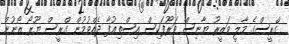
ގްރީސްގެ މާލީ ވަޒީރު ޔާނިސް ވަރޫފަކިސް އިސްތިޢުފާ ދެއްވުމުން ގްރީސް ޔޫރޯ ޒޯނުން